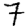
Digit: 7